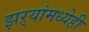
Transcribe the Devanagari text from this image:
झऱ्यांमध्येही